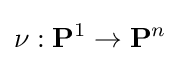
\nu :\mathbf {P} ^{1}\to \mathbf {P} ^{n}